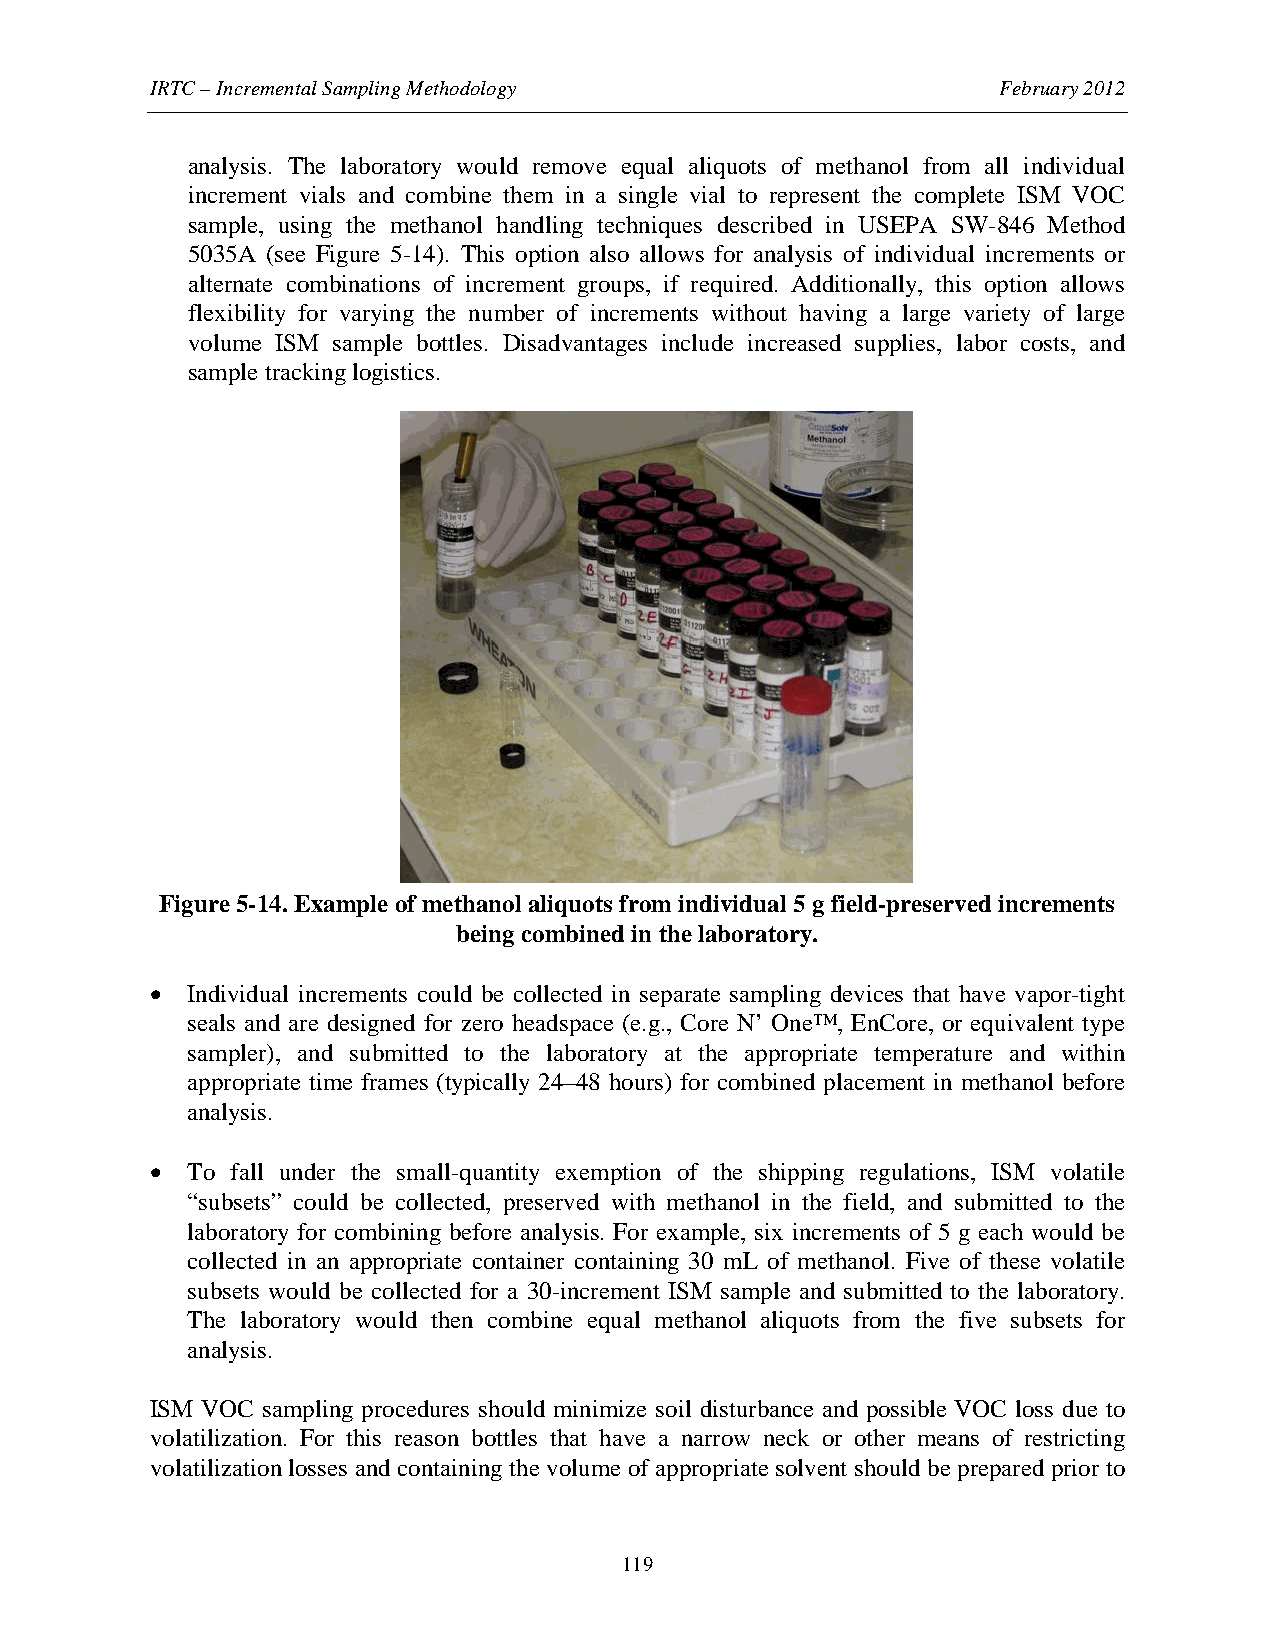
IRTC – Incremental Sampling Methodology                 February 2012
 analysis. The laboratory would remove equal aliquots of methanol from all individual
 increment vials and combine them in a single vial to represent the complete ISM VOC
 sample, using the methanol handling techniques described in USEPA SW-846 Method
 5035A (see Figure 5-14). This option also allows for analysis of individual increments or
 alternate combinations of increment groups, if required. Additionally, this option allows
 flexibility for varying the number of increments without having a large variety of large
 volume ISM sample bottles. Disadvantages include increased supplies, labor costs, and
 sample tracking logistics.
 Figure 5-14. Example of methanol aliquots from individual 5 g field-preserved increments
 being combined in the laboratory.
 • Individual increments could be collected in separate sampling devices that have vapor-tight
 seals and are designed for zero headspace (e.g., Core N’ One™, EnCore, or equivalent type
 sampler), and submitted to the laboratory at the appropriate temperature and within
 appropriate time frames (typically 24–48 hours) for combined placement in methanol before
 analysis.
 • To fall under the small-quantity exemption of the shipping regulations, ISM volatile
 “subsets” could be collected, preserved with methanol in the field, and submitted to the
 laboratory for combining before analysis. For example, six increments of 5 g each would be
 collected in an appropriate container containing 30 mL of methanol. Five of these volatile
 subsets would be collected for a 30-increment ISM sample and submitted to the laboratory.
 The laboratory would then combine equal methanol aliquots from the five subsets for
 analysis.
 ISM VOC sampling procedures should minimize soil disturbance and possible VOC loss due to
 volatilization. For this reason bottles that have a narrow neck or other means of restricting
 volatilization losses and containing the volume of appropriate solvent should be prepared prior to
 119